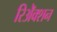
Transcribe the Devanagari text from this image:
रिॲेक्शन